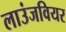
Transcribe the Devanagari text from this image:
लाउंजवियर